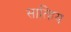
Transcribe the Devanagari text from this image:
सात्हिय